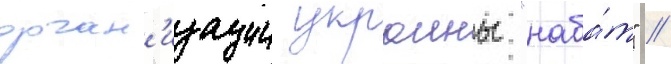
орган'изации украины "наба́т" //